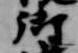
御